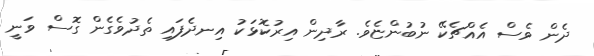
ދެން ވެސް އެއްޗެކޭ ނުބުންޏެވެ. ރާދިން އިރުކޮޅަކު އިނދެފައި ތެދުވެގެން ގޮސް ވަނީ